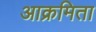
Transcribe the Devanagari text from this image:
आक्रमिता